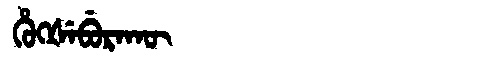
Manchu: ᡥᡠᡴᡧᡝᠪᡠᡵᠠᡴᡡ
Romanization: HUKŠEBURAKŪ